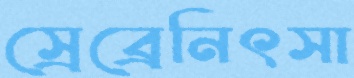
স্রেব্রেনিৎসা